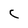
Character: c